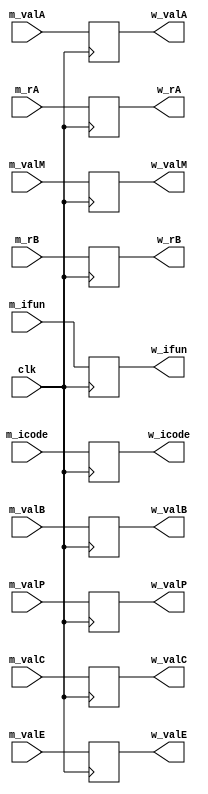
`timescale 1ps/1ps

module w_pipereg(clk, m_icode, m_ifun, m_rA, m_rB, m_valC, m_valP, m_valA, m_valB, m_valE, m_valM, w_icode, w_ifun, w_rA, w_rB, w_valC, w_valP, w_valA, w_valB, w_valE, w_valM);

    parameter n = 64;
    input clk;
    input [3:0] m_icode, m_ifun;
    input [3:0] m_rA;
    input [3:0] m_rB;
    input [n-1:0] m_valA;
    input [n-1:0] m_valB;
    input [n-1:0] m_valC;
    input [n-1:0] m_valP;
    input [n-1:0] m_valE;
    input [n-1:0] m_valM;
    output reg [3:0] w_icode, w_ifun;
    output reg [3:0] w_rA;
    output reg [3:0] w_rB;
    output reg [n-1:0] w_valA;
    output reg [n-1:0] w_valB;
    output reg [n-1:0] w_valC;
    output reg [n-1:0] w_valP;
    output reg [n-1:0] w_valE;
    output reg [n-1:0] w_valM;

    always @(posedge clk) 
    begin
    w_icode <= m_icode;
    w_ifun <= m_ifun;
    w_rA <= m_rA;
    w_rB <= m_rB;
    w_valC <= m_valC;
    w_valP <= m_valP;
    w_valA <= m_valA;
    w_valB <= m_valB;
    w_valE <= m_valE;
    w_valM <= m_valM;
    end

endmodule